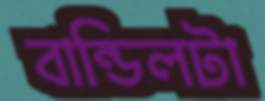
বান্ডিলটা